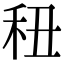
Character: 𥝦